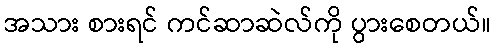
အသား စားရင် ကင်ဆာဆဲလ်ကို ပွားစေတယ်။